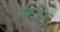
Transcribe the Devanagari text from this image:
स्ट्रफि